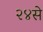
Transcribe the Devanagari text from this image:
२४से